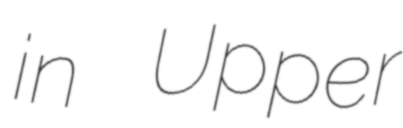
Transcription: in Upper